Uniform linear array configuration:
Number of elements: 16
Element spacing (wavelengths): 1
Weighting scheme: kaiser
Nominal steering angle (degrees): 15
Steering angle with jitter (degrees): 14.338
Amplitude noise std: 0.05
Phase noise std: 0.05

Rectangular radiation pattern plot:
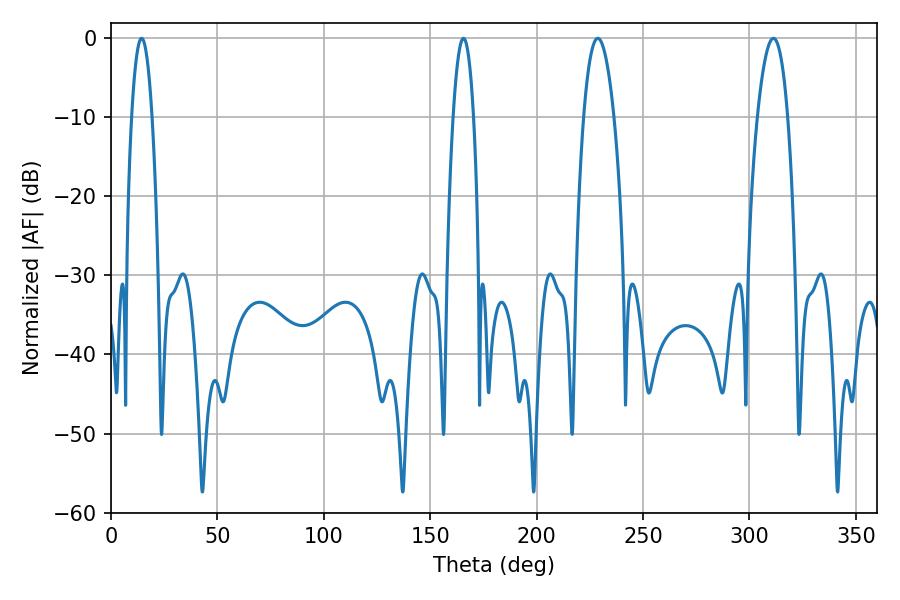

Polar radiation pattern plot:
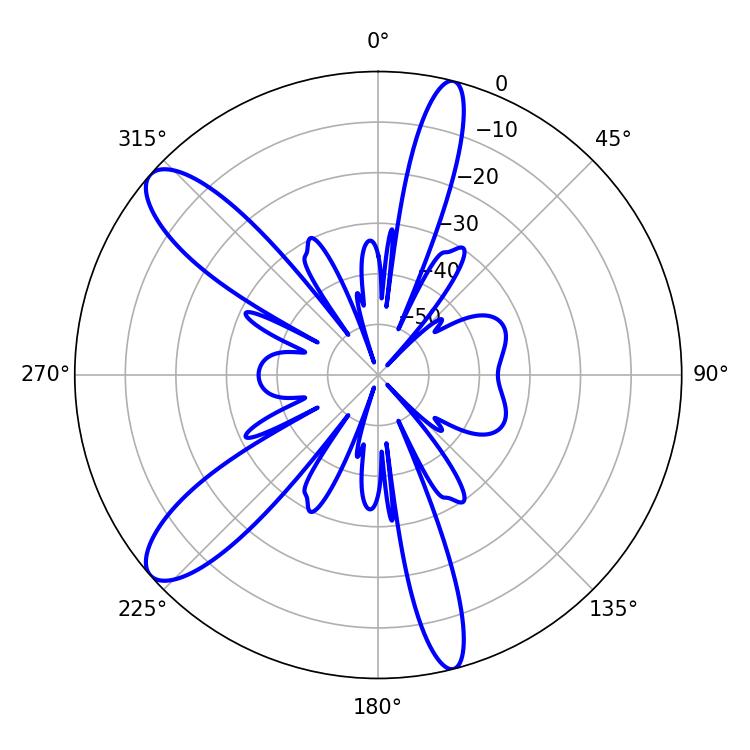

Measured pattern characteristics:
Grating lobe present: TRUE
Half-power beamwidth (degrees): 5.4
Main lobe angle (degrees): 14.4